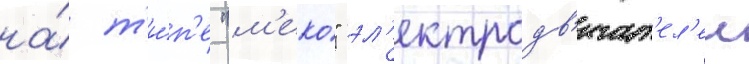
на́ т'и́п'е "м'еко" эл'ектродв'игат'ел'еи